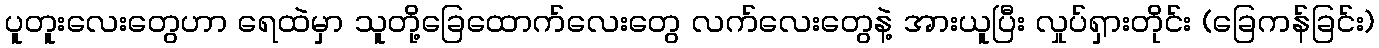
ပူတူးလေးတွေဟာ ရေထဲမှာ သူတို့ခြေထောက်လေးတွေ လက်လေးတွေနဲ့ အားယူပြီး လှုပ်ရှားတိုင်း (ခြေကန်ခြင်း)